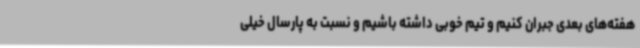
هفته‌های بعدی جبران کنیم و تیم خوبی داشته باشیم و نسبت به پارسال خیلی